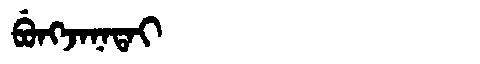
Manchu: ᠪᡠᠩᠵᠠᠨᠠᡨᠠᡳ
Romanization: BUNGJANATAI